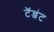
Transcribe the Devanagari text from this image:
टॅन्जंट